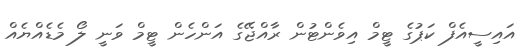
އައިސީއެފް ކަޕުގެ ޓީމް އިވެންޓުން ރާއްޖޭގެ އަންހެން ޓީމް ވަނީ ލޯ މެޑެއްޔެއް